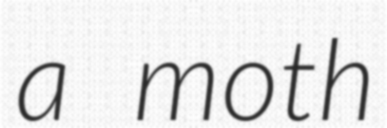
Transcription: a moth